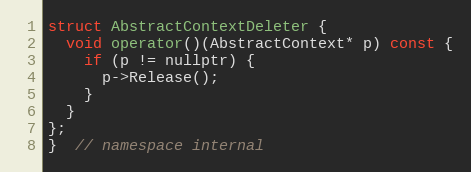
Language: C
struct AbstractContextDeleter {
  void operator()(AbstractContext* p) const {
    if (p != nullptr) {
      p->Release();
    }
  }
};
}  // namespace internal